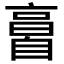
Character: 𦤘